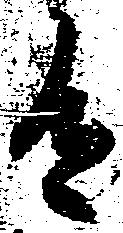
有